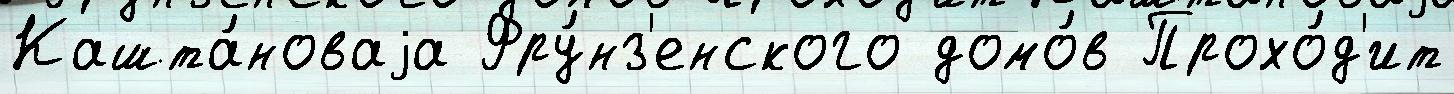
Кашта́новаjа Фру́нз'енского домо́в Прохо́д'ит